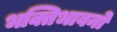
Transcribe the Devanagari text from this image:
भक्तिभावनो